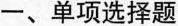
一、单项选择题